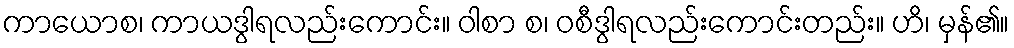
ကာယောစ၊ ကာယဒွါရလည်းကောင်း။ ဝါစာ စ၊ ဝစီဒွါရလည်းကောင်းတည်း။ ဟိ၊ မှန်၏။